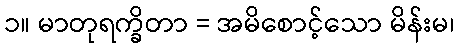
၁။ မာတုရက္ခိတာ = အမိစောင့်သော မိန်းမ၊